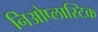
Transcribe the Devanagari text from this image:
निओप्लास्टिक